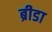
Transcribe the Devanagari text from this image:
ब्रीडा